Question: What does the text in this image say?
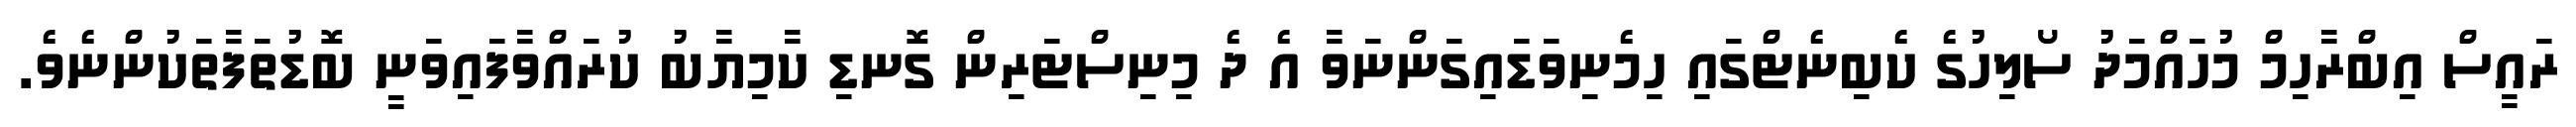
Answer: ރައީސް އިބްރާހިމް މުހައްމަދު ސޯލިހުގެ ކެބިނެޓްގައި ހިމެނިވަޑައިގަންނަވާ އެ ދެ މިނިސްޓަރިން ގޮނޑި ކާމިޔާބު ކުރައްވާފައިވަނީ ބޮޑުތަފާތަކުންނެވެ.